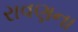
રાવણના